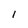
Character: l